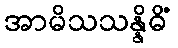
အာမိသသန္နိဓိံ